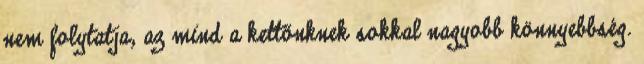
nem folytatja, az mind a kettőnknek sokkal nagyobb könnyebbség.